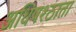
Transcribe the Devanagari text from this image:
अधिषश्ठाता